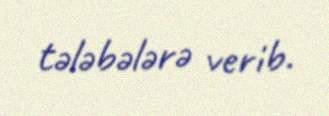
tələbələrə verib.